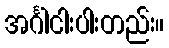
အင်္ဂါငါးပါးတည်း။